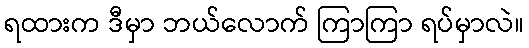
ရထားက ဒီမှာ ဘယ်လောက် ကြာကြာ ရပ်မှာလဲ။